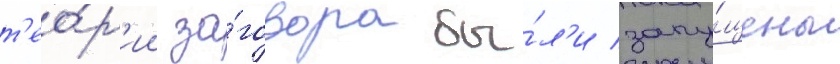
т'ео́р'ии за́говора бы́л'и запу́щены